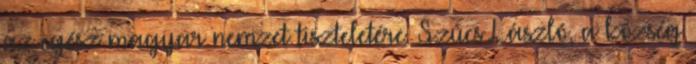
az egész magyar nemzet tiszteletére. Szûcs László, a község